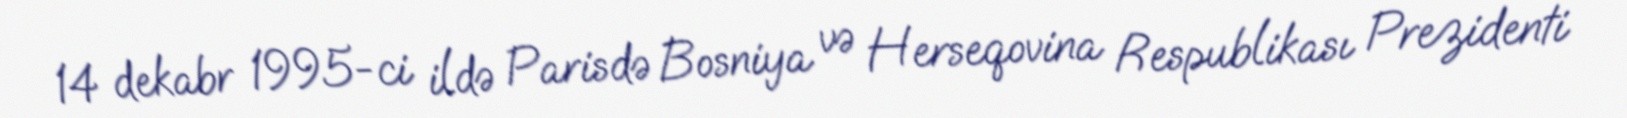
14 dekabr 1995-ci ildə Parisdə Bosniya və Herseqovina Respublikası Prezidenti